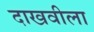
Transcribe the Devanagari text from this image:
दाखवीला